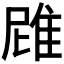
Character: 𮥻